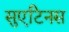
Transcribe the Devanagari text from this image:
सुएटिनस